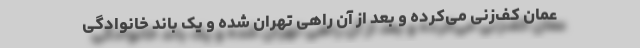
عمان کف‌زنی می‌کرده و بعد از آن راهی تهران شده و یک باند خانوادگی